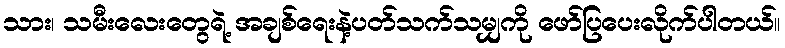
သား၊ သမီးလေးတွေရဲ့ အချစ်ရေးနဲ့ပတ်သက်သမျှကို ဖော်ပြပေးလိုက်ပါတယ်။